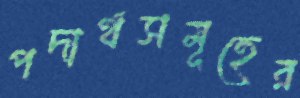
পদার্থসমূহের